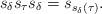
LaTeX: \begin{align*} s_{\delta}s_{\tau}s_{\delta} = s_{s_{\delta}(\tau)}.\end{align*}